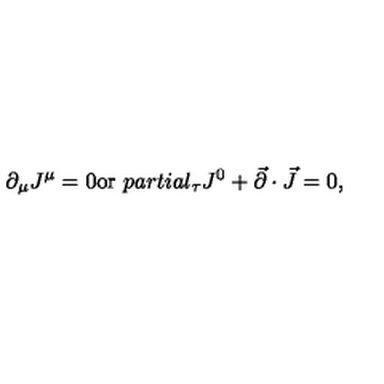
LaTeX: \partial _ { \mu } J ^ { \mu } = 0 \mathrm { o r } \ p a r t i a l _ { \tau } J ^ { 0 } + \vec { \partial } \cdot \vec { J } = 0 ,